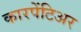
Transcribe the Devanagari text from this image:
कारपेंटिअर